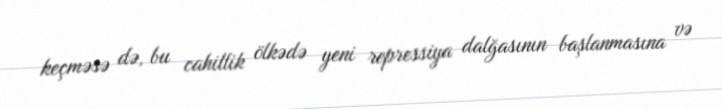
keçməsə də, bu cahillik ölkədə yeni repressiya dalğasının başlanmasına və